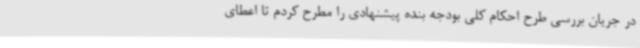
در جریان بررسی طرح احکام کلی بودجه بنده پیشنهادی را مطرح کردم تا اعطای